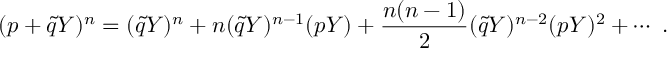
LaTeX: ( p + \tilde { q } Y ) ^ { n } = ( \tilde { q } Y ) ^ { n } + n ( \tilde { q } Y ) ^ { n - 1 } ( p Y ) + \frac { n ( n - 1 ) } { 2 } ( \tilde { q } Y ) ^ { n - 2 } ( p Y ) ^ { 2 } + \cdots \ . \nonumber